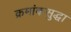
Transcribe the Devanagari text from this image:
क्रमांकसुद्धा